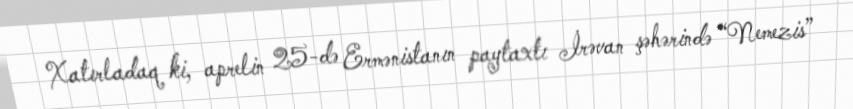
Xatırladaq ki, aprelin 25-də Ermənistanın paytaxtı İrəvan şəhərində “Nemezis”